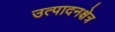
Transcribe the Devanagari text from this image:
उत्पादनक्षेत्र